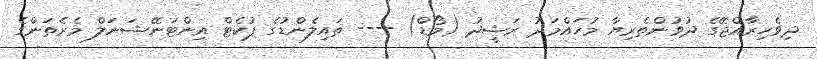
ދިވެހިރާއްޖޭގެ ދުވުންތެރިޔާ މުހައްމަދު ރަޝީދު (މޯޑް) ---- ތައިލެންޑުގެ ޕުކެޓް އިންޓަނޭޝަނަލް މެރެތަންގެ